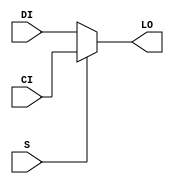
`timescale  1 ps / 1 ps

module MUXCY_L (LO, CI, DI, S);

    output LO;
    reg    LO;

    input  CI, DI, S;

	always @(CI or DI or S) 
	    if (S)
		LO = CI;
	    else
		LO = DI;
endmodule